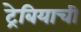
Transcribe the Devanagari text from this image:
ट्रेबियाची